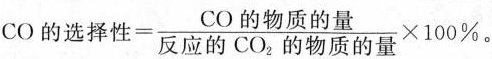
CO的选择性=\frac{CO的物质的量}{反应的CO_{2}的物质的量}\times 100\%。